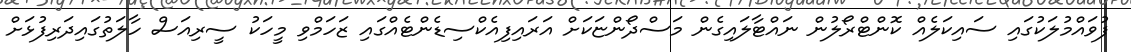
ފުވައްމުލަކުގައި ސައިކަލެއް ކޮންޓްރޯލުން ނައްޓާލައިގެން މަސްދޯންޏަކަށް އަރައިފިއެކްސިޑެންޓެއްގައި ޒަހަމްވި މީހަކު ސީރިއަސް ހާލަތުގައިދަރިފުޅަށް